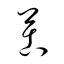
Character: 苦